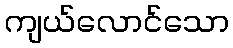
ကျယ်လောင်သော